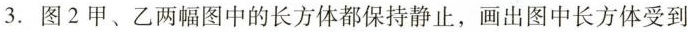
3.图2甲、乙两幅图中的长方体都保持静止，画出图中长方体受到